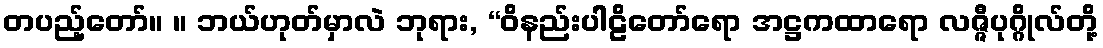
တပည့်တော်။ ။ ဘယ်ဟုတ်မှာလဲ ဘုရား, “ဝိနည်းပါဠိတော်ရော အဋ္ဌကထာရော လဇ္ဇီပုဂ္ဂိုလ်တို့